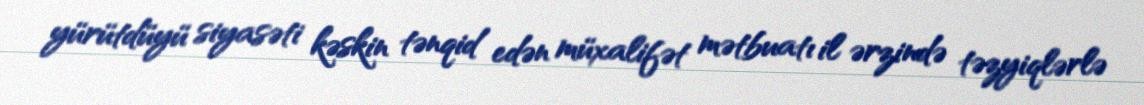
yürütdüyü siyasəti kəskin tənqid edən müxalifət mətbuatı il ərzində təzyiqlərlə